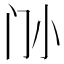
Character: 𡭜